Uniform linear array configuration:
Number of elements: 12
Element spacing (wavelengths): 0.25
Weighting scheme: cosine
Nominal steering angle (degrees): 60
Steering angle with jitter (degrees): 58.753
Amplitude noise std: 0.05
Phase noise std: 0.05

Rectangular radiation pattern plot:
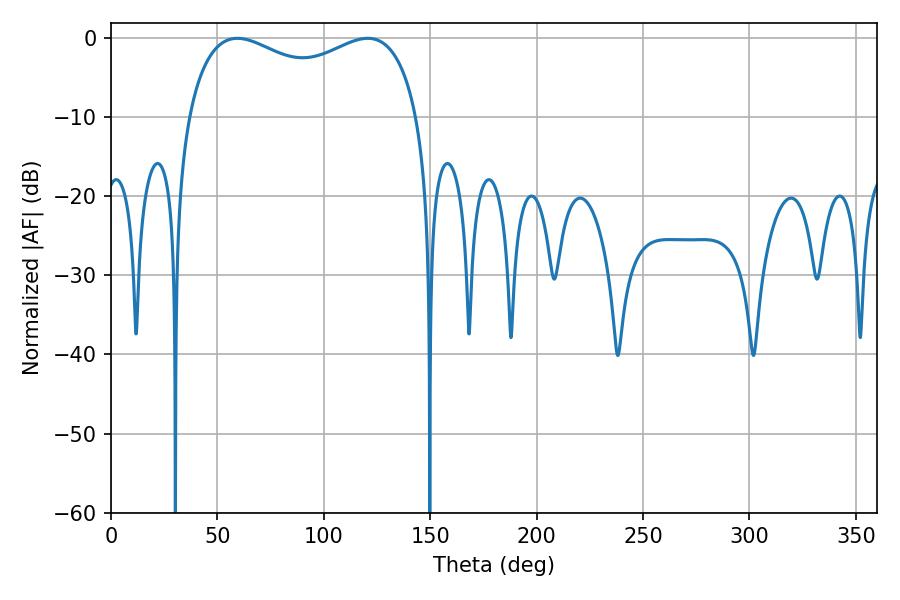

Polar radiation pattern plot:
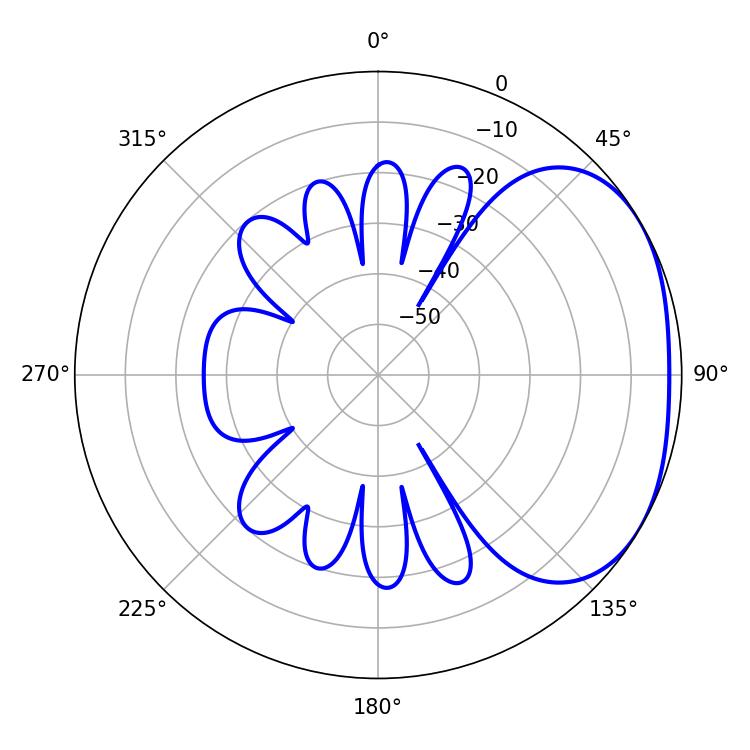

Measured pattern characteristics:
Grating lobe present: FALSE
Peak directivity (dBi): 2.396
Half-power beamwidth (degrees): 90
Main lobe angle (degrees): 59.4